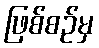
ဖြစ်စဉ်မှ